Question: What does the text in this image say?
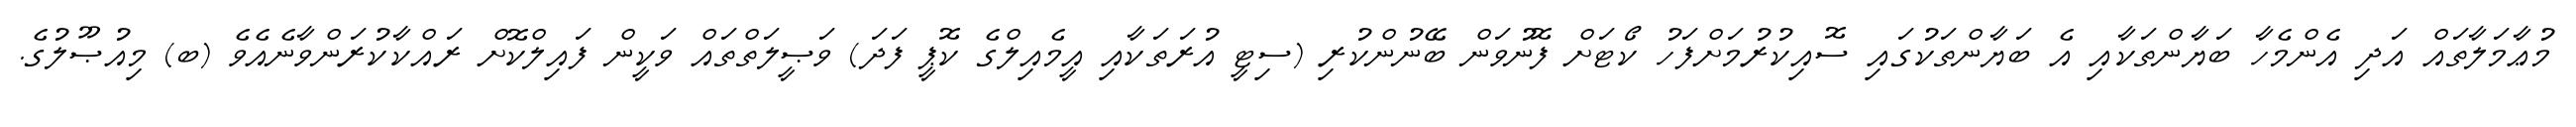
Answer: މުޢާމަލާތައް އަދި އެންމެހާ ބަޔާންތަކާއި އެ ބަޔާންތަކުގައި ސޮއިކުރުމަށްފަހު ކޯޓަށް ފޮނުވަން ބޭނުންކުރި (ސިޓީ އުރަތަކާއި އީމެއިލްގެ ކޮޕީ ފަދަ) ވަޞީލަތްތައް ވަކީން ފައިލްކޮށް ރައްކާކުރަންވާނެއެވެ (ބ) މިއުޞޫލުގެ.